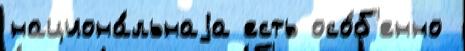
национа́льнаjа есть осо́б'енно